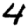
Digit: 4